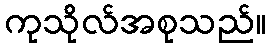
ကုသိုလ်အစုသည်။